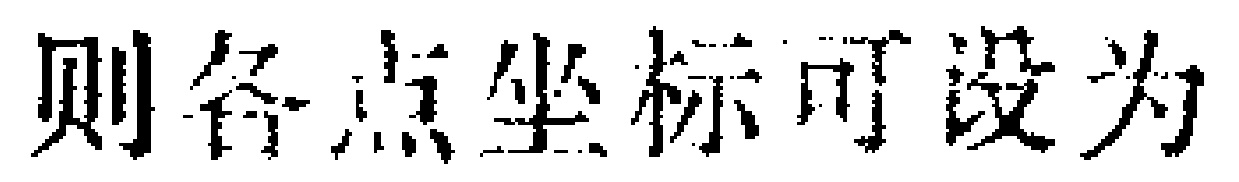
则各点坐标可设为